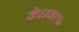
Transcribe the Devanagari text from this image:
केधवा१७